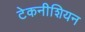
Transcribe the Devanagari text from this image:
टेकनीशियन